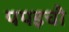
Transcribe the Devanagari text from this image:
पपइची